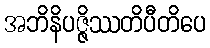
အဘိနိပဇ္ဇိဿတိပီတိပေ